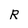
Character: R